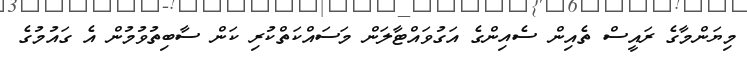
މިޔަންމާގެ ރައީސް ތެއިން ސެއިންގެ އަގުވައްޓާލަން މަސައްކަތްކުރި ކަން ސާބިތުވުމުން އެ ގައުމުގެ